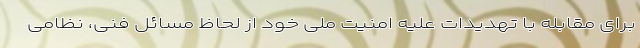
برای مقابله با تهدیدات علیه امنیت ملی خود از لحاظ مسائل فنی، نظامی